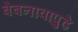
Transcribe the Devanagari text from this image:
बेबनावापुढे